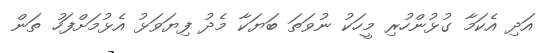
އަދި އެކަމާ ގުޅުންހުރި މީހަކު ނުވަތަ ބަޔަކާ މެދު ފިޔަވަޅު އެޅުމަށްފަހު ތަން